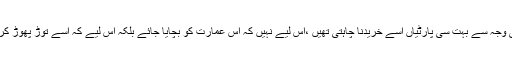
اس عمارت کی شاندار اہمیت اور محل وقوع کی وجہ سے بہت سی پارٹیاں اسے خریدنا چاہتی تھیں ،اس لیے نہیں کہ اس عمارت کو بچایا جائے بلکہ اس لیے کہ اسے توڑ پھوڑ کر از سر نو کوئی نئی عمارت ایستادہ کی جائے ۔